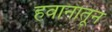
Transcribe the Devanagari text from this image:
हवानातून